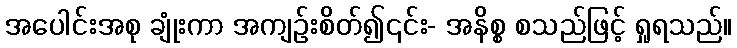
အပေါင်းအစု ချုံးကာ အကျဉ်းစိတ်၍၎င်း- အနိစ္စ စသည်ဖြင့် ရှုရသည်။